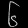
Digit: ၆